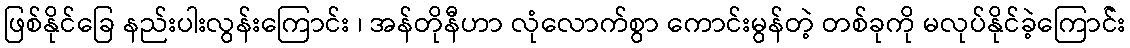
ဖြစ်နိုင်ခြေ နည်းပါးလွန်းကြောင်း ၊ အန်တိုနီဟာ လုံလောက်စွာ ကောင်းမွန်တဲ့ တစ်ခုကို မလုပ်နိုင်ခဲ့ကြောင််း